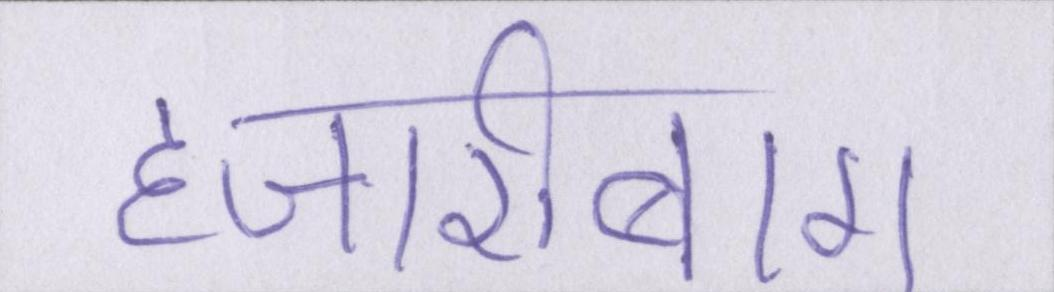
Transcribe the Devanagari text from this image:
हजारीबाग